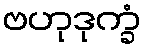
ဗဟုဒုက္ခံ